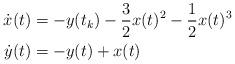
LaTeX: \begin{align*}\dot x(t)&=-y(t_k)-\frac{3}{2}x(t)^2 - \frac{1}{2}x(t)^3\\\dot y(t)&=-y(t)+x(t)\end{align*}